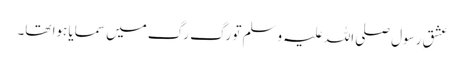
عشقِ رسول صلی اللہ علیہ وسلم تو رگ رگ میں سمایا ہوا تھا۔